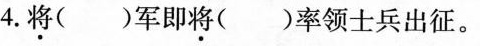
4.将()军即将()率领士兵出征。